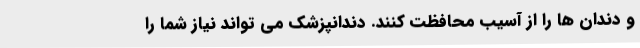
و دندان ها را از آسیب محافظت کنند. دندانپزشک می تواند نیاز شما را